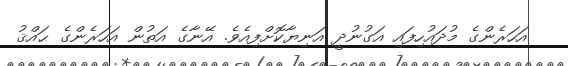
އަހަރެންގެ މުދައުހިފައި އަގުނުދީ އަނިޔާކޮށްފިއެވެ. އޭނާގެ އަތުން އަހަރެންގެ ޙައްޤު